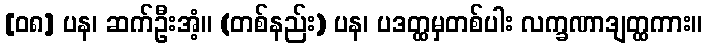
[၀၈] ပန၊ ဆက်ဦးအံ့။ (တစ်နည်း) ပန၊ ပဒတ္ထမှတစ်ပါး လက္ခဏာဒျတ္ထကား။